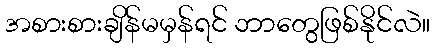
အစားစားချိန်မမှန်ရင် ဘာတွေဖြစ်နိုင်လဲ။